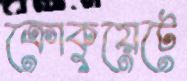
ক্রোকুয়েটে